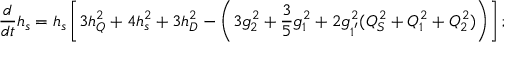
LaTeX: \frac { d } { d t } h _ { s } = h _ { s } \left[ 3 h _ { Q } ^ { 2 } + 4 h _ { s } ^ { 2 } + 3 h _ { D } ^ { 2 } - \left( 3 g _ { 2 } ^ { 2 } + \frac { 3 } { 5 } g _ { 1 } ^ { 2 } + 2 g _ { 1 ^ { ' } } ^ { 2 } ( Q _ { S } ^ { 2 } + Q _ { 1 } ^ { 2 } + Q _ { 2 } ^ { 2 } ) \right) \right] ;